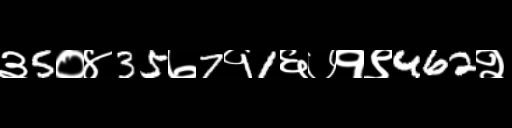
Text: ३5०४35७7१1६७१९462२